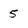
Character: 5